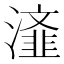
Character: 𭲴